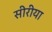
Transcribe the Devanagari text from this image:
सीरीया